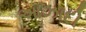
આઝાદી